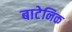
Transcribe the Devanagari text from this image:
बाटेनिक